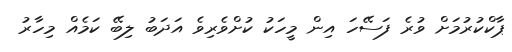
ޕާކްކުރުމަށް ވުރެ ފަސޭހަ އިން މީހަކު ކުށްވެރިވެ އަދަބު ލިބޭ ކަމެއް މިހާރު